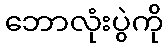
ဘောလုံးပွဲကို